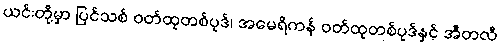
ယင်းတို့မှာ ပြင်သစ် ဝတ်ထုတစ်ပုဒ်၊ အမေရိကန် ဝတ်ထုတစ်ပုဒ်နှင့် အီတလီ